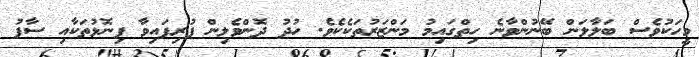
މީހަކުވެސް ބަލާލަން ބޭނުންވާނެ ހިތްގައިމު މަންޒަރުތަކެކެވެ. ހުދު ދޮންވެލިން ފުރިފައިވާ ފިނޮޅުތަކާއި ސާފު